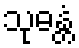
သုဓန္တံ